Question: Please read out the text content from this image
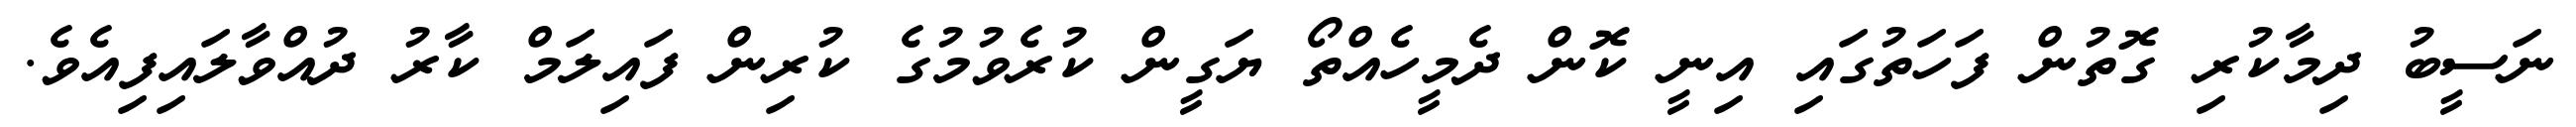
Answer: ނަސީބު ދިމާކުރި ގޮތުން ފަހަތުގައި އިނީ ކޮން ދެމީހެއްތޯ ޔަގީން ކުރެވުމުގެ ކުރިން ފައިލަމް ކާރު ދުއްވާލައިފިއެވެ.